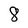
Character: 8